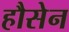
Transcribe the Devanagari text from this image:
हौसेन